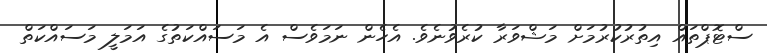
ސްޓޮޕްތައް އިތުރުކުރުމަށް މަޝްވަރާ ކުރެވުނެވެ. އެހެން ނަމަވެސް އެ މަސައްކަތުގެ އަމަލީ މަސައްކަތް